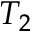
T _ { 2 }